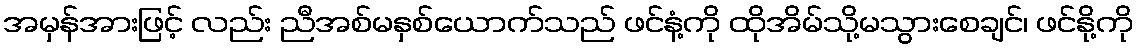
အမှန်အားဖြင့် လည်း ညီအစ်မနှစ်ယောက်သည် ဖင်နံ့ကို ထိုအိမ်သို့မသွားစေချင်၊ ဖင်နို့ကို